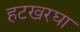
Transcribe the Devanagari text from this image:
हटखरघा